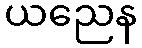
ယညေန